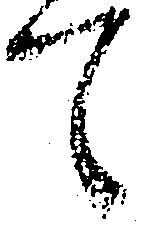
て